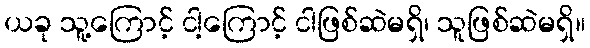
ယခု သူ့ကြောင့် ငါ့ကြောင့် ငါဖြစ်ဆဲမရှိ၊ သူဖြစ်ဆဲမရှိ။